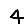
Digit: 4